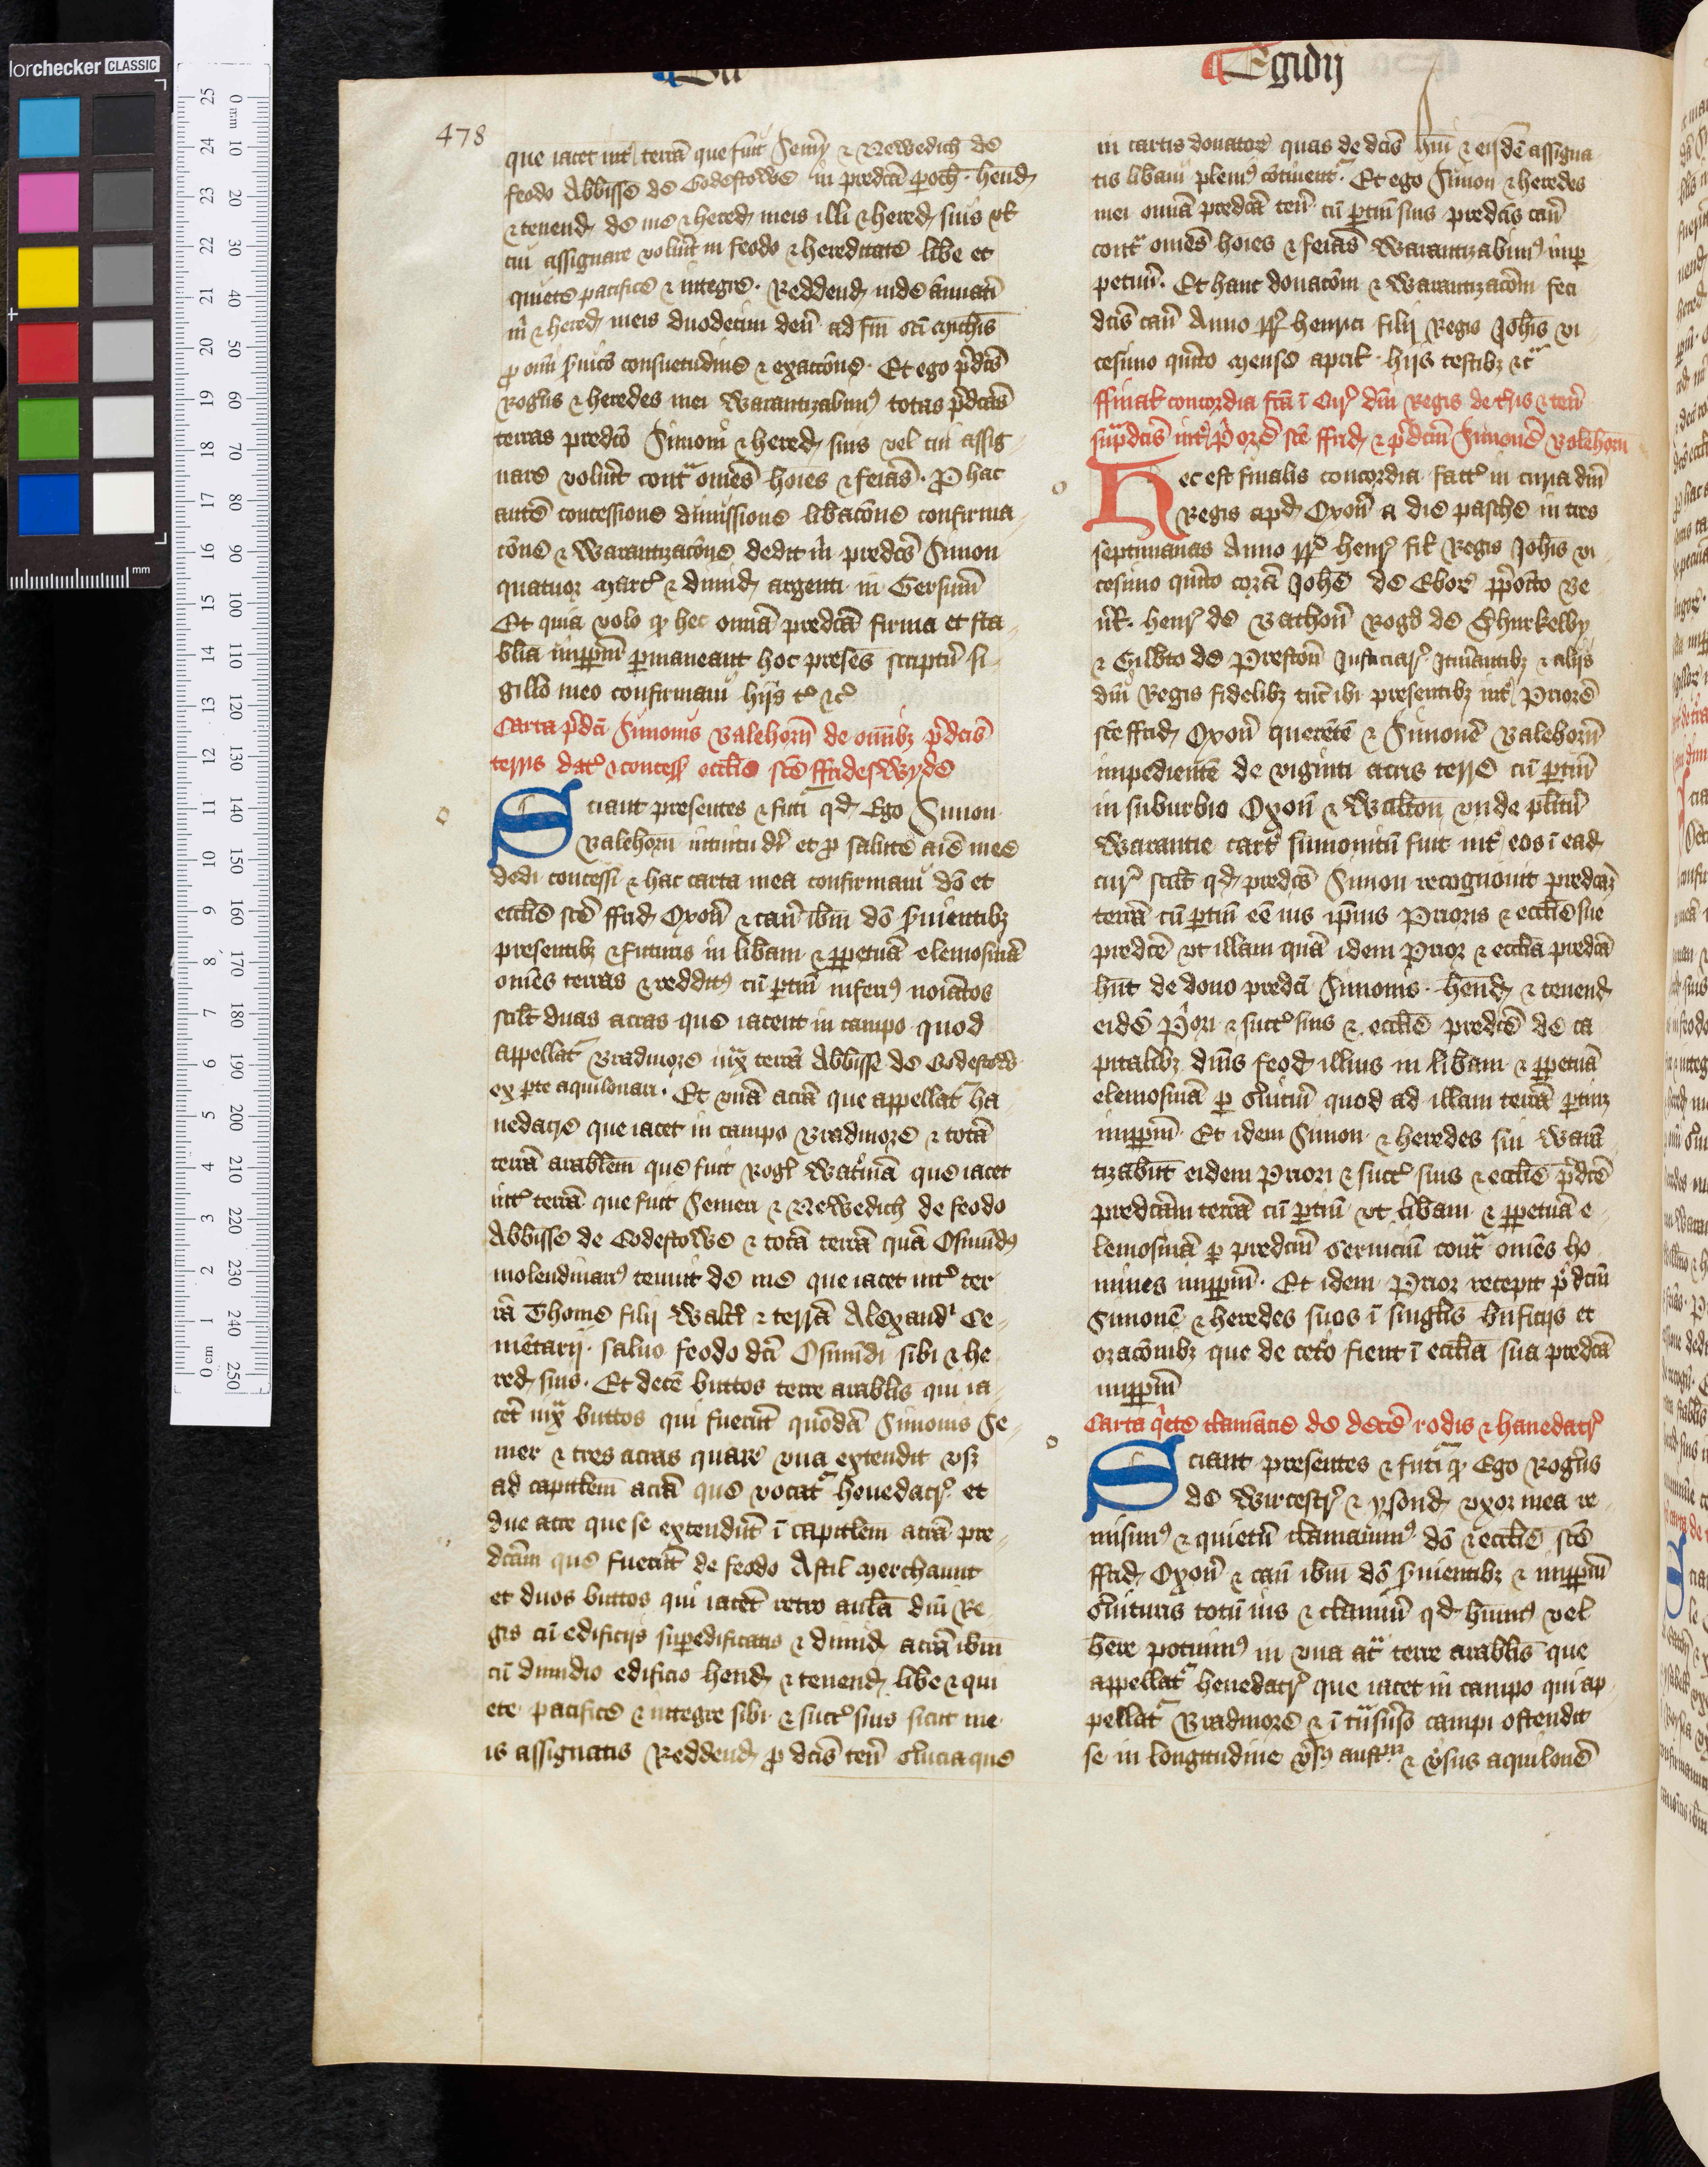
Shelfmark: Oxford, Christ Church Archives, D&C VI.1
Century: 14